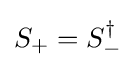
S_{+}=S_{-}^{\dagger }